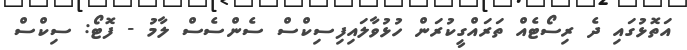
އަތޮޅުގައި ދެ ރިސޯޓެއް ތަރައްގީކުރަން ހުޅުވާލައިފިސިކްސް ސެންސެސް ލާމު - ފޮޓޯ: ސިކްސް